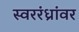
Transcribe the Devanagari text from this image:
स्वररंध्रांवर